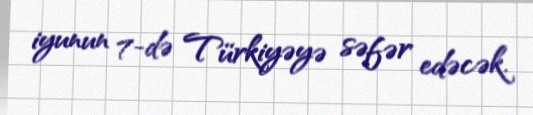
iyunun 7-də Türkiyəyə səfər edəcək.